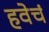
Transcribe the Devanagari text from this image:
हवेचं